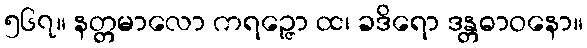
၅၆၇။ နတ္တမာလော ကရဉ္ဇော ထ၊ ခဒိရော ဒန္တဓာဝနော။